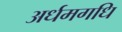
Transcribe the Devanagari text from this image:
अर्धमगधि